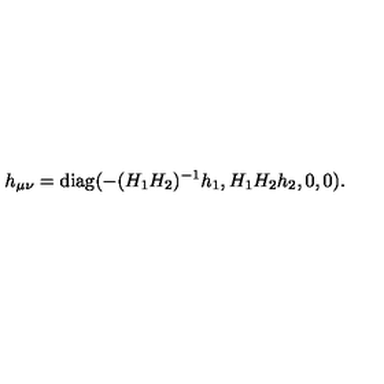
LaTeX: h _ { \mu \nu } = \mathrm { d i a g } ( - ( H _ { 1 } H _ { 2 } ) ^ { - 1 } h _ { 1 } , H _ { 1 } H _ { 2 } h _ { 2 } , 0 , 0 ) .